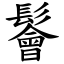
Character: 鬠